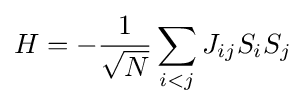
H=-{\frac {1}{\sqrt {N}}}\sum _{i<j}J_{ij}S_{i}S_{j}